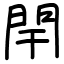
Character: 閈